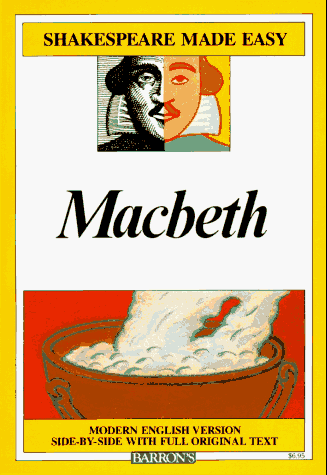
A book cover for Macbeth (Shakespeare Made Easy); William Shakespeare; Literature & Fiction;